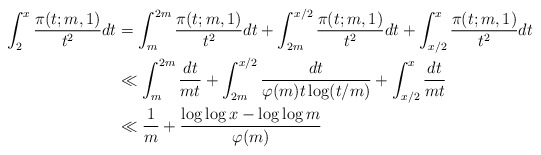
\begin{align*}\int_{2}^{x}\frac{\pi(t;m,1)}{t^2}dt&=\int_{m}^{2m}\frac{\pi(t;m,1)}{t^2}dt+\int_{2m}^{x/2}\frac{\pi(t;m,1)}{t^2}dt+\int_{x/2}^{x}\frac{\pi(t;m,1)}{t^2}dt\\&\ll \int_{m}^{2m}\frac{dt}{mt}+\int_{2m}^{x/2}\frac{dt}{\varphi(m)t\log (t/m)}+\int_{x/2}^{x}\frac{dt}{mt}\\&\ll \frac{1}{m}+\frac{\log\log x-\log\log m}{\varphi(m)}\end{align*}